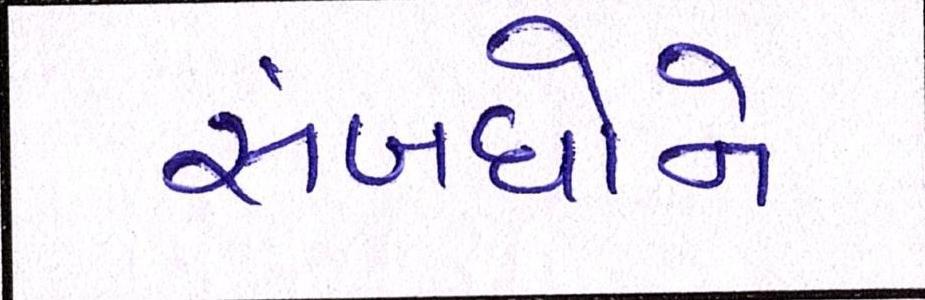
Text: સંબંધોને